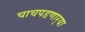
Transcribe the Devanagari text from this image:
चाचपडणार्‍या